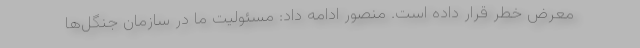
معرض خطر قرار داده است. منصور ادامه داد: مسئولیت ما در سازمان جنگل‌ها